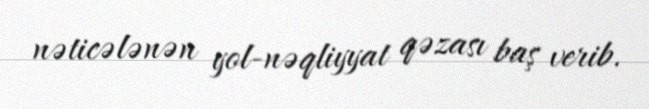
nəticələnən yol-nəqliyyat qəzası baş verib.